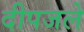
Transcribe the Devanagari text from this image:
दीपजले